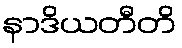
နာဒိယတီတိ